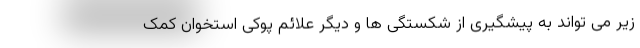
زیر می تواند به پیشگیری از شکستگی ها و دیگر علائم پوکی استخوان کمک